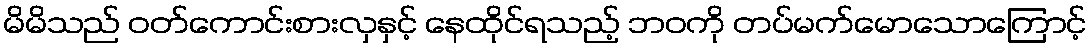
မိမိသည် ဝတ်ကောင်းစားလှနှင့် နေထိုင်ရသည့် ဘဝကို တပ်မက်မောသောကြောင့်